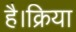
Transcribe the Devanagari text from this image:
है।क्रिया